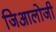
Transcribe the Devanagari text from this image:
जिआलोजी